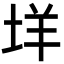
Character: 垟